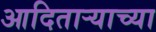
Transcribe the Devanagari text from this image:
आदिताऱ्याच्या